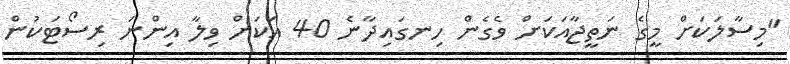
"މިސާލަކަށް މީގެ ނަތީޖާއަކަށް ވެގެން ހިނގައިދާނެ 40 އަކަށް ވިލާ އިންނަ ރިސޯޓަކުން